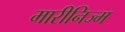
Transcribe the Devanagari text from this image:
मारीनिज्म